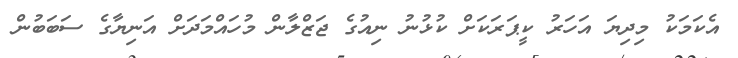
އެކަމަކު މިދިޔަ އަހަރު ކީޕަރަކަށް ކުޅުނު ނިއުގެ ޖަޒްލާން މުހައްމަދަށް އަނިޔާގެ ސަބަބުން